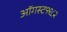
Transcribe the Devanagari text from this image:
ऑगस्ट१९८२